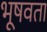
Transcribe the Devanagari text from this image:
भूषवता